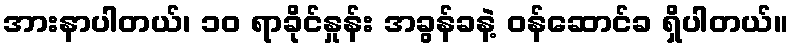
အားနာပါတယ်၊ ၁၀ ရာခိုင်နှုန်း အခွန်ခနဲ့ ဝန်ဆောင်ခ ရှိပါတယ်။